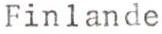
Finlande